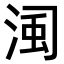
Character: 𣷋